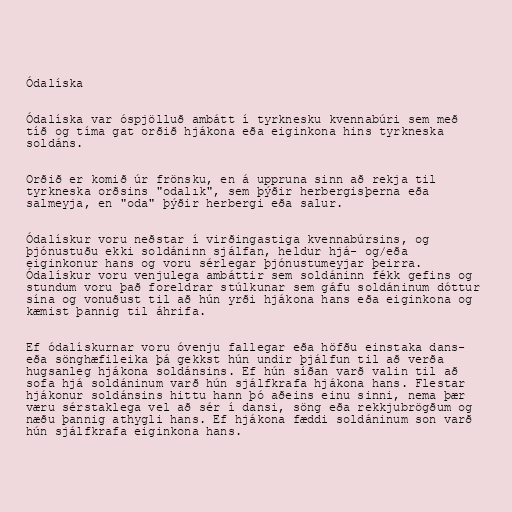
Ódalíska

Ódalíska var óspjölluð ambátt í tyrknesku kvennabúri sem með
tíð og tíma gat orðið hjákona eða eiginkona hins tyrkneska
soldáns.

Orðið er komið úr frönsku, en á uppruna sinn að rekja til
tyrkneska orðsins "odalık", sem þýðir herbergisþerna eða
salmeyja, en "oda" þýðir herbergi eða salur.

Ódalískur voru neðstar í virðingastiga kvennabúrsins, og
þjónustuðu ekki soldáninn sjálfan, heldur hjá- og/eða
eiginkonur hans og voru sérlegar þjónustumeyjar þeirra.
Ódalískur voru venjulega ambáttir sem soldáninn fékk gefins og
stundum voru það foreldrar stúlkunar sem gáfu soldáninum dóttur
sína og vonuðust til að hún yrði hjákona hans eða eiginkona og
kæmist þannig til áhrifa.

Ef ódalískurnar voru óvenju fallegar eða höfðu einstaka dans-
eða sönghæfileika þá gekkst hún undir þjálfun til að verða
hugsanleg hjákona soldánsins. Ef hún síðan varð valin til að
sofa hjá soldáninum varð hún sjálfkrafa hjákona hans. Flestar
hjákonur soldánsins hittu hann þó aðeins einu sinni, nema þær
væru sérstaklega vel að sér í dansi, söng eða rekkjubrögðum og
næðu þannig athygli hans. Ef hjákona fæddi soldáninum son varð
hún sjálfkrafa eiginkona hans.